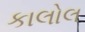
કાલોલ